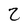
Character: Z